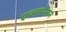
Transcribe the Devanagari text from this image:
एक्सपेंसन